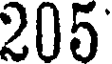
205